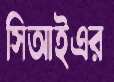
সিআইএর